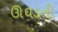
ઊઘડતી